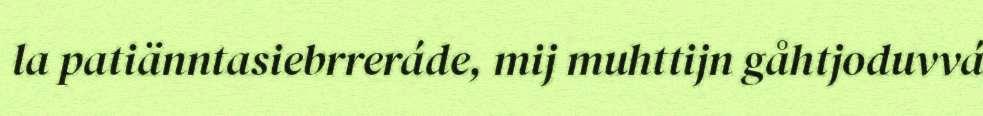
la patiänntasiebrreráde, mij muhttijn gåhtjoduvvá